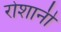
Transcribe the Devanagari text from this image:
रोशानी